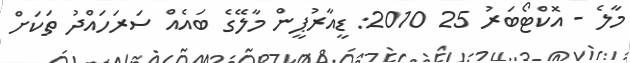
މާލެ - އޮކްޓޯބަރު 25 2010: ޑީއާރުޕީން މާލޭގެ ބައެއް ސަރަހައްދު ތަކަށް